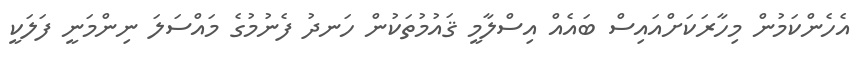
އެހެންކަމުން މިހާރަކަށްއައިސް ބައެއް އިސްލާމީ ޤައުމުތަކުން ހަނދު ފެނުމުގެ މައްސަލަ ނިންމަނީ ފަލަކީ